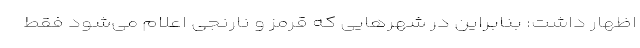
اظهار داشت: بنابراین در شهرهایی که قرمز و نارنجی اعلام می‌شود فقط